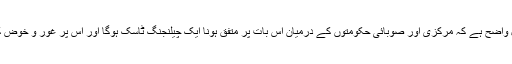
ایک چیز تو بالکل واضح ہے کہ مرکزی اور صوبائی حکومتوں کے درمیان اس بات پر متفق ہونا ایک چیلنجنگ ٹاسک ہوگا اور اس پر غور و خوض کرنا آسان نہ ہوگا۔